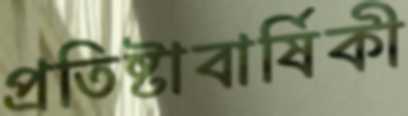
প্রতিষ্টাবার্ষিকী